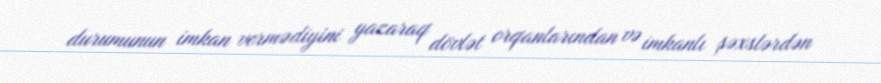
durumunun imkan vermədiyini yazaraq dövlət orqanlarından və imkanlı şəxslərdən